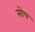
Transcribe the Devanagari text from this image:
सोच